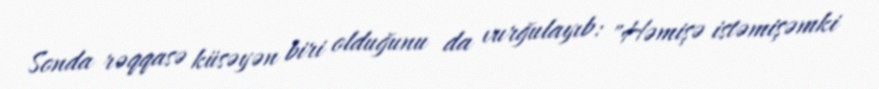
Sonda rəqqasə küsəyən biri olduğunu da vurğulayıb: "Həmişə istəmişəmki